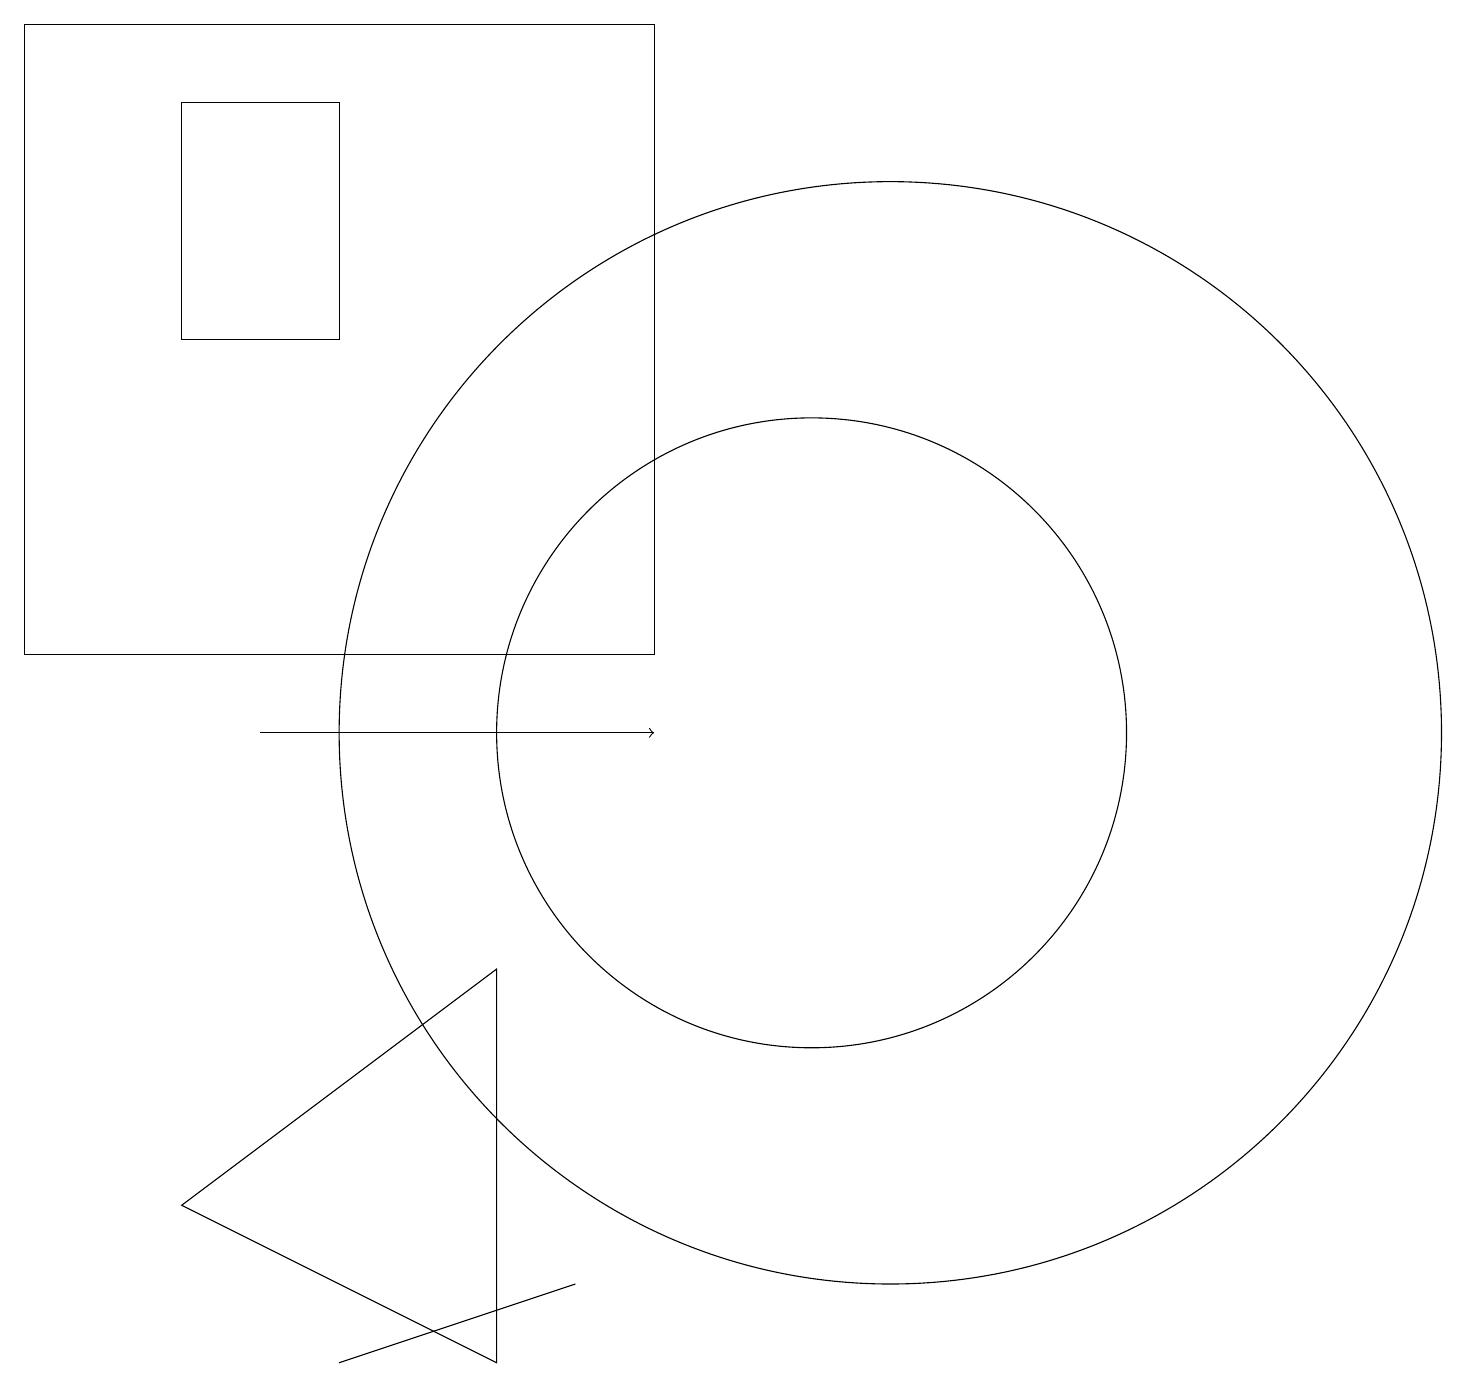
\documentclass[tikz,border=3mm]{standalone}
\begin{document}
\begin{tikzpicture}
\draw (7,3) -- (4,2) -- (7,3) -- cycle;
\draw (4,18) rectangle (2,15);
\draw (0,19) rectangle (8,11);
\draw[->] (3,10) -- (8,10);
\draw (11,10) circle (7);
\draw (6,7) -- (2,4) -- (6,2) -- cycle;
\draw (10,10) circle (4);
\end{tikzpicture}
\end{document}